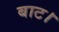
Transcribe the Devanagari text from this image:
बाट।